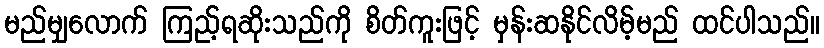
မည်မျှလောက် ကြည့်ရဆိုးသည်ကို စိတ်ကူးဖြင့် မှန်းဆနိုင်လိမ့်မည် ထင်ပါသည်။